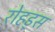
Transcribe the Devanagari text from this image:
रोहड्स